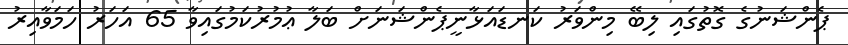
ޕެންޝަނުގެ ގޮތުގައި ލިބޭ މިންވަރު ކަނޑައަޅާނީޕެންޝަނަށް ބަލާ ޢުމުރުކަމުގައިވާ 65 އަހަރު ހަމަވާއިރު